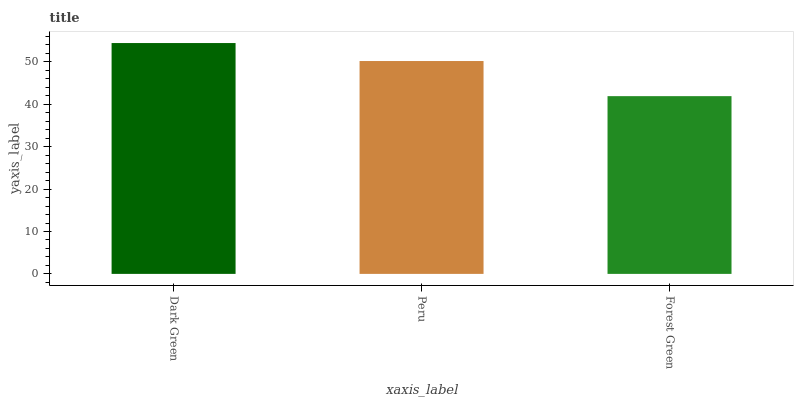
| xaxis_label | bars |
 | --- | --- |
 | Dark Green | 54.5 |
 | Peru | 50.2 |
 | Forest Green | 41.9 |